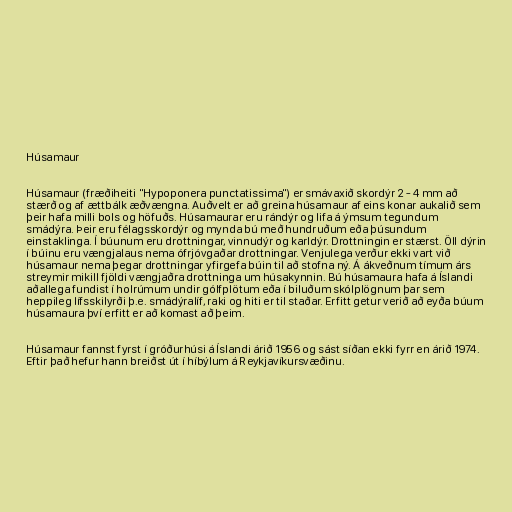
Húsamaur

Húsamaur (fræðiheiti "Hypoponera punctatissima") er smávaxið skordýr 2 - 4 mm að
stærð og af ættbálk æðvængna. Auðvelt er að greina húsamaur af eins konar aukalið sem
þeir hafa milli bols og höfuðs. Húsamaurar eru rándýr og lifa á ýmsum tegundum
smádýra. Þeir eru félagsskordýr og mynda bú með hundruðum eða þúsundum
einstaklinga. Í búunum eru drottningar, vinnudýr og karldýr. Drottningin er stærst. Öll dýrin
í búinu eru vængjalaus nema ófrjóvgaðar drottningar. Venjulega verður ekki vart við
húsamaur nema þegar drottningar yfirgefa búin til að stofna ný. Á ákveðnum tímum árs
streymir mikill fjöldi vængjaðra drottninga um húsakynnin. Bú húsamaura hafa á Íslandi
aðallega fundist í holrúmum undir gólfplötum eða í biluðum skólplögnum þar sem
heppileg lífsskilyrði þ.e. smádýralíf, raki og hiti er til staðar. Erfitt getur verið að eyða búum
húsamaura því erfitt er að komast að þeim.

Húsamaur fannst fyrst í gróðurhúsi á Íslandi árið 1956 og sást síðan ekki fyrr en árið 1974.
Eftir það hefur hann breiðst út í híbýlum á Reykjavíkursvæðinu.